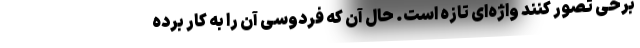
برخی تصور کنند واژه‌ای تازه است. حال آن که فردوسی آن را به کار برده